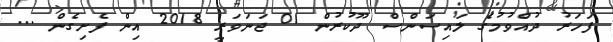
ފަހަރު ދުއްވުމުގެ ލައިސަންސް ދޫކުރުން 01 ޖަނަވަރީ 2018 އިން ފެށިގެން ...